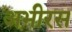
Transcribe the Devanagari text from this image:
अभीरस